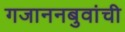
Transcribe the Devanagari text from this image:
गजाननबुवांची